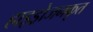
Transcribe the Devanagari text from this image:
हाइड्रोजनकृत